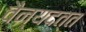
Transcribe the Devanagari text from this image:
वैन्यदत्त